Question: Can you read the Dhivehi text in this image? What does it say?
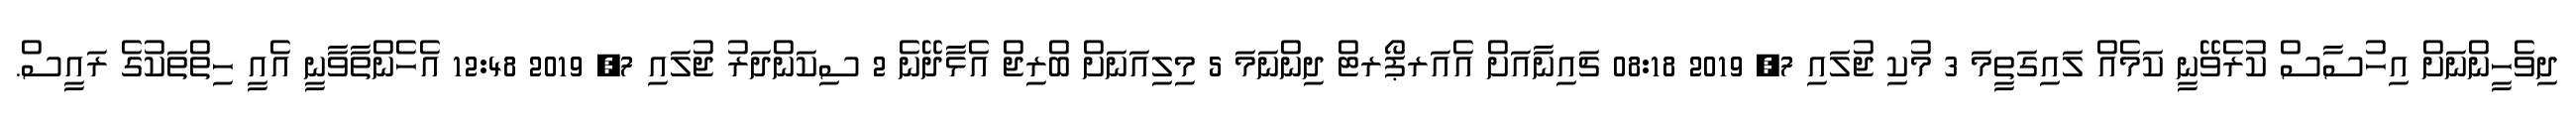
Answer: ދިވެހީންނަށް އިހުސާސް ކުރެވޭނީ ކަމެއް ލައިގަތީމަ 3 މުކި ޖުލައި 7, 2019 08:18 ޗައިނާއަށް އެއަރޕޯރޓް ދިންނަމަ 5 މިލިއަނަށް ބްރިޖް އެޅާދޭނެ 2 ސިކަންދަރު ޖުލައި 7, 2019 12:48 އެހެންތާވާނީ އެއީ ހިތްތަކުގެ ރައީސް.